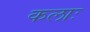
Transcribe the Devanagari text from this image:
कलाः